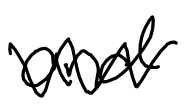
Text: and
Cross-out: zig-zag
Writing tool: digital_black